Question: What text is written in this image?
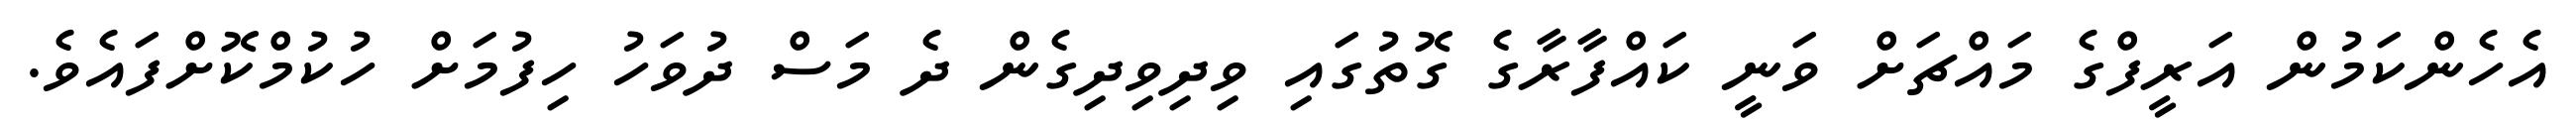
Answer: އެހެންކަމުން އަރީފްގެ މައްޗަށް ވަނީ ކައްފާރާގެ ގޮތުގައި ވިދިވިދިގެން ދެ މަސް ދުވަހު ހިފުމަށް ހުކުމްކޮށްފައެވެ.